Annual administration report of the Civil Veterinary Department, Sind - 1940-1941
Year: 1940
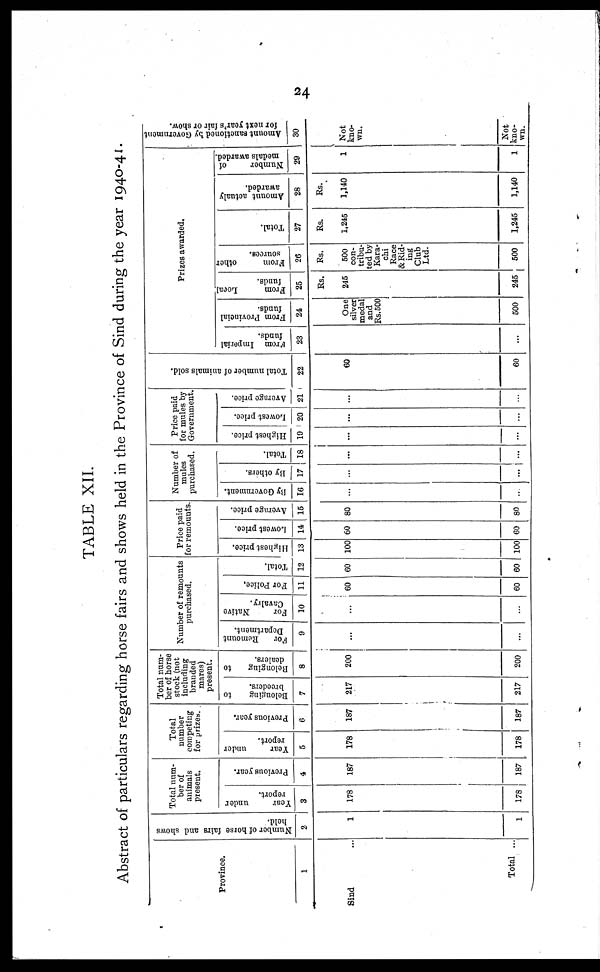
24
TABLE XII.
Abstract of particulars regarding horse fairs and shows held in the Province of Sind during the year 1940-41.
Province.
1
Sind ...
Total ...
Number of horse fairs and shows
held.
2
1
1
Total num-
ber of
animals
present.
Year
under
report.
3
178
178
Previous year.
4
187
187
Total
number
competing
for prizes.
Year
under
report.
5
178
178
Previous year.
6
187
187
Total num-
ber of horse
stock (not
including
branded
mares)
present.
Belonging
to
breeders.
7
217
217
Belonging
to
dealers.
8
200
200
Number of remounts
purchased.
For
Remount
Department.
9
...
...
For
Native
Cavalry.
10
...
...
For Police.
11
60
60
Total.
12
60
60
Price paid
for remounts.
Highest price.
13
100
100
Lowest price.
14
60
60
Average price.
15
80
80
Number of
mules
purchased.
By Government.
16
...
...
By others.
17
...
...
Total.
18
...
...
Price paid
for mules by
Government.
Highest price.
19
...
...
Lowest price.
20
...
...
Average price.
21
...
...
Total number of animals sold.
22
60
60
Prizes awarded.
From Imperial
funds.
23
...
From Provincial
funds.
24
One
silver
medal
and
Rs.500
500
From
Local
funds.
25
Rs.
245
245
From
other
sources.
26
Rs.
500
con-
tribu-
ted by
Kara-
chi
Race
& Rid-
ing
Club
Ltd.
500
Total.
27
Rs.
1,245
1,245
Amount actualy
awarded.
28
Rs.
1,140
1,140
Number
of
medals awarded.
29
1
1
Amount sanctioned by Government
for next year's fair or show.
30
Not
kno-
wn.
Not
kno-
wn.